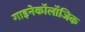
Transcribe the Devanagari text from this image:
गाइनेकॉलॉजिक